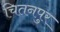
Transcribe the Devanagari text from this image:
चितनपुर